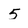
Character: 5